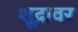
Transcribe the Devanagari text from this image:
शूद्रावर